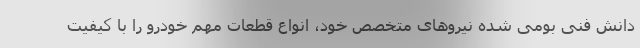
دانش فنی بومی شده نیروهای متخصص خود، انواع قطعات مهم خودرو را با کیفیت